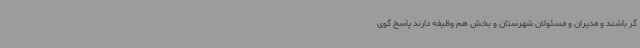
گر باشند و مدیران و مسئولان شهرستان و بخش هم وظیفه دارند پاسخ گوی